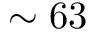
\sim 6 3